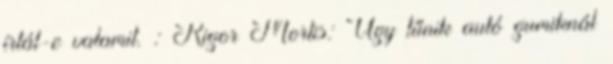
írtál-e valamit. : Rigor Mortis: Úgy tűnik autó gumiknál